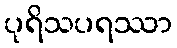
ပုရိသပရဿာ